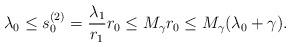
LaTeX: \begin{align*}\lambda_0\leq s_0^{(2)}=\frac{\lambda_1}{r_1}r_0\leq M_\gamma r_0\leq M_\gamma(\lambda_0+\gamma).\end{align*}